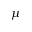
\mu